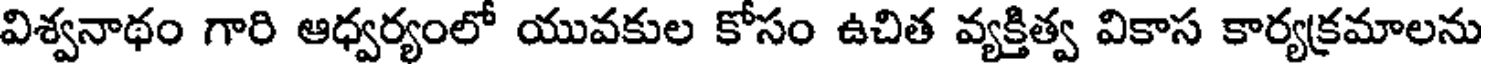
విశ్వనాథం గారి ఆధ్వర్యంలో యువకుల కోసం ఉచిత వ్యక్తిత్వ వికాస కార్యక్రమాలను